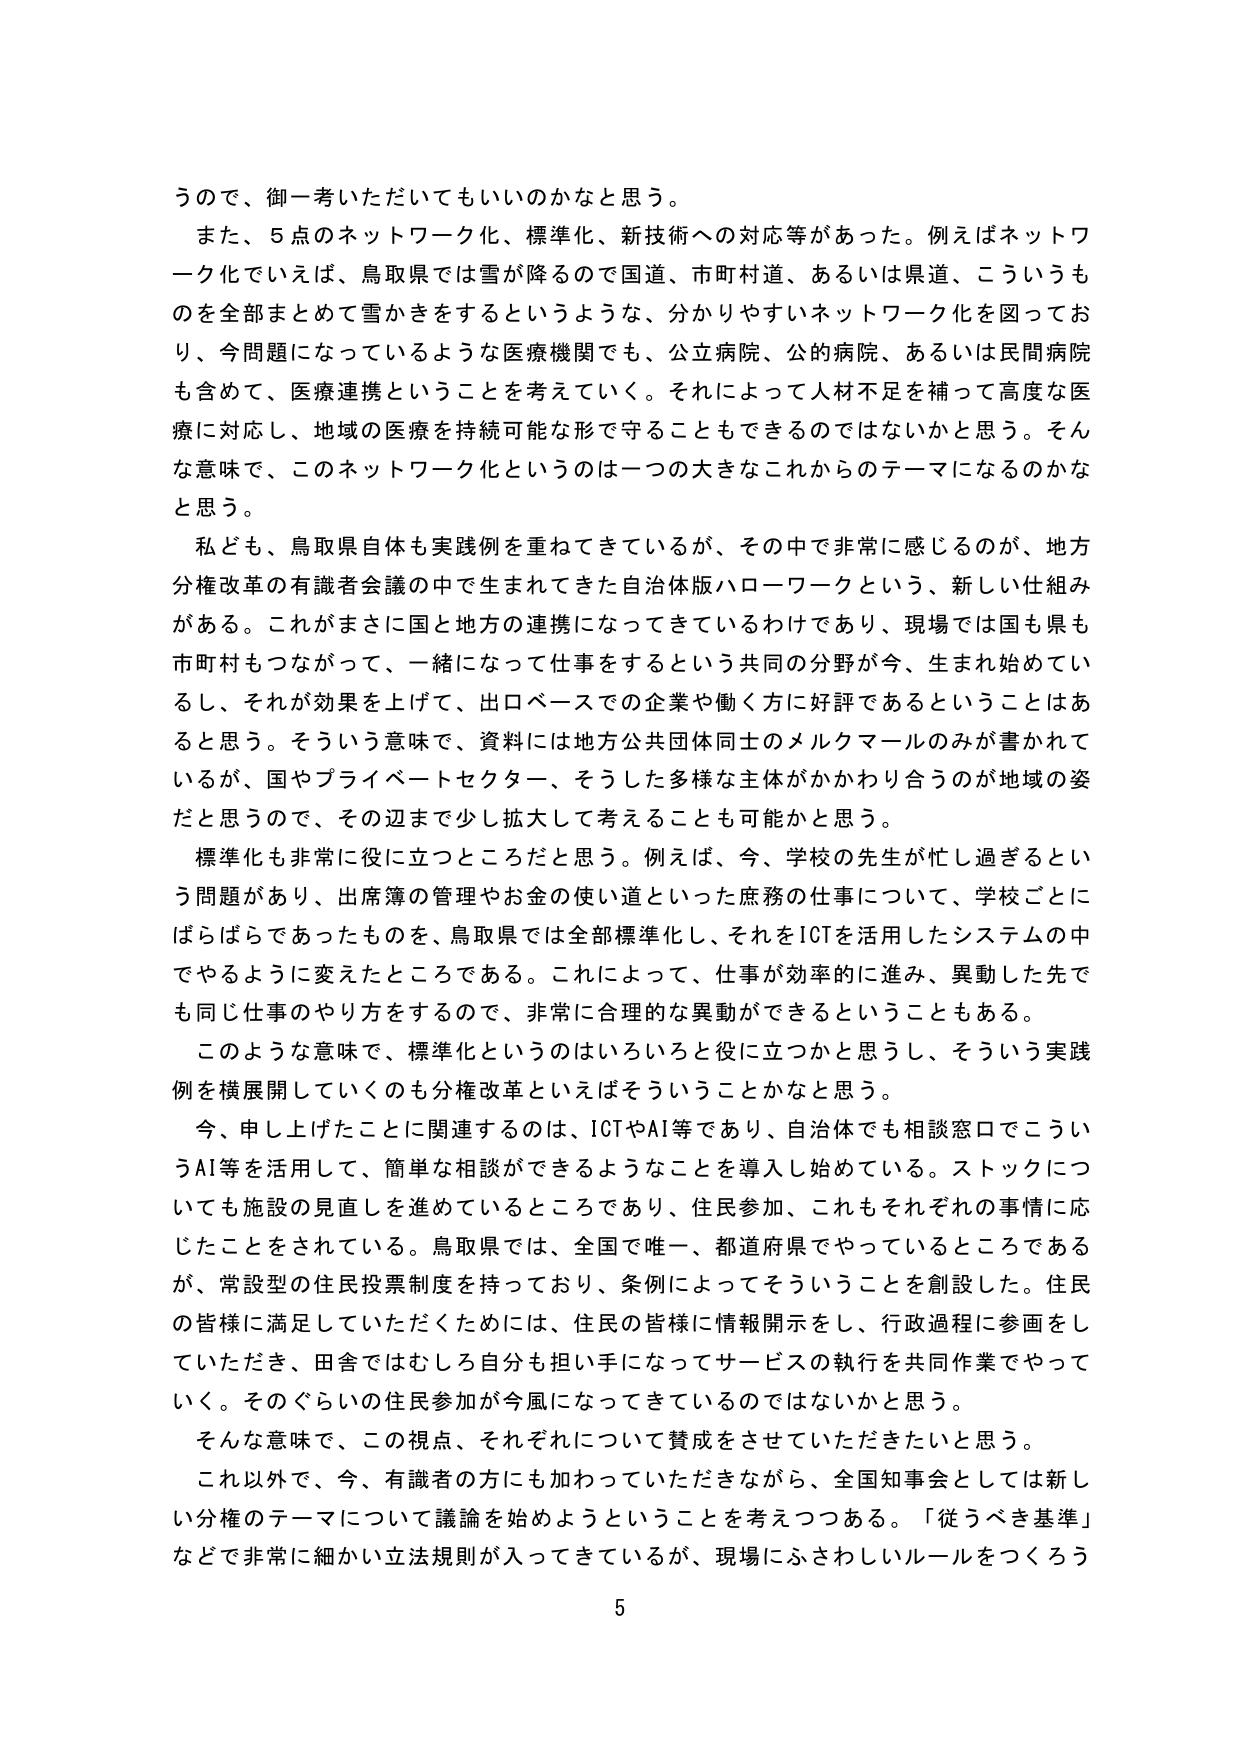
うので、御一考いただいてもいいのかなと思う。

また、5点のネットワーク化、標準化、新技術への対応等があった。例えばネットワーク化でいえば、鳥取県では雪が降るので国道、市町村道、あるいは県道、こういうものを全部まとめて雪かきをするというような、分かりやすいネットワーク化を図っており、今問題になっているような医療機関でも、公立病院、公的病院、あるいは民間病院も含めて、医療連携ということを考えていく。それによって人材不足を補って高度な医療に対応し、地域の医療を持続可能な形で守ることもできるのではないかと思う。そんな意味で、このネットワーク化というのは一つの大きなこれからテーマになるのかなと思う。

私ども、鳥取県自体も実践例を重ねてきているが、その中で非常に感じるのが、地方分権改革の有識者会議の中で生まれてきた自治体版ハローワークという、新しい仕組みがある。これがまさに国と地方の連携になってきているわけであり、現場では国も県も市町村もつながって、一緒になって仕事をするという共同の分野が今、生まれ始めているし、それが効果を上げて、出口ベースでの企業や働く方に好評であるということはあると思う。そういう意味で、資料には地方公共団体同士のメルクマールのみが書かれているが、国やプライベートセクター、そうした多様な主体がかかわり合うのが地域の姿だと思うので、その辺まで少し拡大して考えることも可能かと思う。

標準化も非常に役に立つところだと思う。例えば、今、学校の先生が忙し過ぎるという問題があり、出席簿の管理やお金の使い道といった庶務の仕事について、学校ごとにばらばらであったものを、鳥取県では全部標準化し、それをICTを活用したシステムの中でやるように変えたところである。これによって、仕事が効率的に進み、異動した先でも同じ仕事のやり方をするので、非常に合理的な異動ができるということもある。

このような意味で、標準化というのはいろいろと役に立つかと思うし、そういう実践例を横展開していくのも分権改革といえばそういうことかなと思う。

今、申し上げたことに関連するのは、ICTやAI等であり、自治体でも相談窓口でこういうAI等を活用して、簡単な相談ができるようなことを導入し始めている。ストックについても施設の見直しを進めているところであり、住民参加、これもそれぞれの事情に応じたことをされている。鳥取県では、全国で唯一、都道府県でやっているところであるが、常設型の住民投票制度を持っており、条例によってそういうことを創設した。住民の皆様に満足していただくためには、住民の皆様に情報開示をし、行政過程に参画をしていただき、田舎ではむしろ自分も担い手になってサービスの執行を共同作業でやっていく。そのぐらいの住民参加が今風になってきているのではないかと思う。

そんな意味で、この視点、それぞれについて賛成をさせていただきたいと思う。

これ以外で、今、有識者の方にも加わっていただきながら、全国知事会としては新しい分権のテーマについて議論を始めようということを考えつつある。「従うべき基準」などで非常に細かい立法規則が入ってきているが、現場にふさわしいルールをつくろう

5